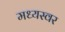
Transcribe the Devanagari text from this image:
मध्यस्वर